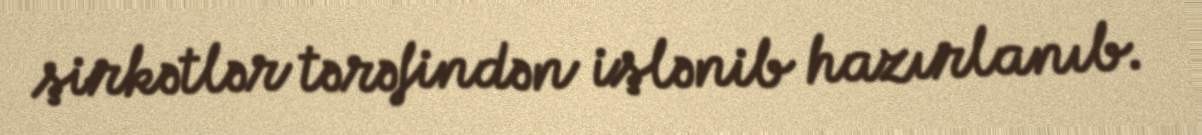
şirkətlər tərəfindən işlənib hazırlanıb.